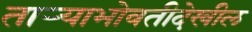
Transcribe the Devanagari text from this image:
ताऱ्याभोवतीदेखील